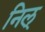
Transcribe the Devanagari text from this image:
निल्